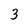
Character: 3